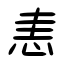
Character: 恚